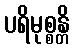
ပရိမုစ္စန္တိ